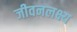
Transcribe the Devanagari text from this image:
जीवनलक्ष्य